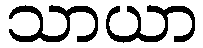
သာယာ